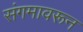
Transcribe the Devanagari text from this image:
संगमावरून